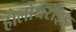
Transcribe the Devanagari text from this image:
होलोथरॉइड